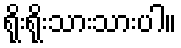
ရိုးရိုးသားသားပါ။